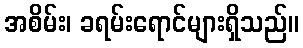
အစိမ်း၊ ခရမ်းရောင်များရှိသည်။